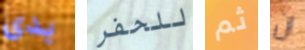
يدى للحفر ثم ان